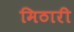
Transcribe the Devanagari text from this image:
मिठारी